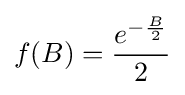
f(B)={\frac {e^{-{\frac {B}{2}}}}{2}}